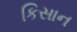
કિસાન